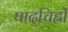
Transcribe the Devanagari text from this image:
पादचिह्नों